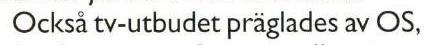
Också tv-utbudet präglades av OS,